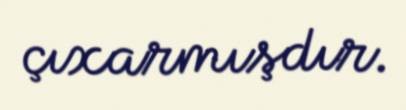
çıxarmışdır.